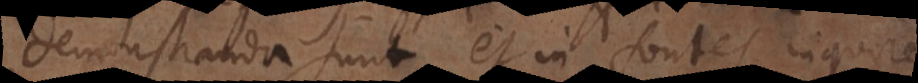
demonstranda sunt et in fontes inquirendum.